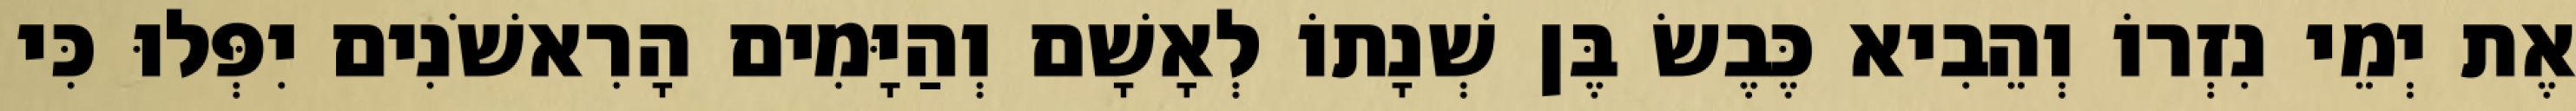
אֶת יְמֵי נִזְרוֹ וְהֵבִיא כֶּבֶשׂ בֶּן שְׁנָתוֹ לְאָשָׁם וְהַיָּמִים הָרִאשֹׁנִים יִפְּלוּ כִּי